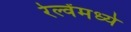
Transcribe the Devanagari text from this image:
रेल्वेंमध्ये